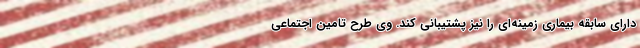
دارای سابقه بیماری زمینه‌ای را نیز پشتیبانی کند. وی طرح تامین اجتماعی